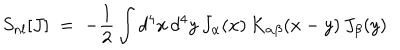
S _ { n l } [ J ] \; = \; - \frac { 1 } { 2 } \int d ^ { 4 } x \, d ^ { 4 } y \, J _ { \alpha } ( x ) \, K _ { \alpha \beta } ( x - y ) \, J _ { \beta } ( y )